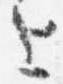
上